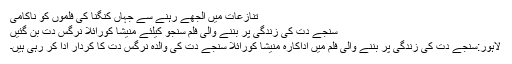
تنازعات میں الجھے رہنے سے جہاں کنگنا کی فلموں کو ناکامی
سنجے دت کی زندگی پر بننے والی فلم سنجو کیلئے منیشا کورائلا نرگس دت بن گئیں
لاہور:سنجے دت کی زندگی پر بننے والی فلم میں اداکارہ منیشا کورائلا سنجے دت کی والدہ نرگس دت کا کردار ادا کر رہی ہیں۔